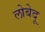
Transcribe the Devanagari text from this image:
लोबेदू